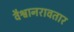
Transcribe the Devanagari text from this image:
वैश्वानरावतार